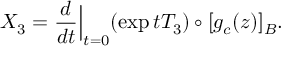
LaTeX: X _ { 3 } = \frac { d } { d t } { \Big \vert } _ { t = 0 } ( \exp t T _ { 3 } ) \circ [ g _ { c } ( z ) ] _ { B } .